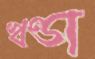
খণ্ডা